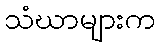
သံဃာများက